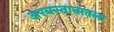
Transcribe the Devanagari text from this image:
अरबस्तानातला